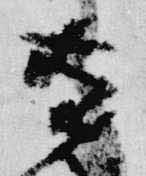
有